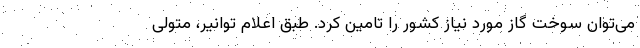
می‌توان سوخت گاز مورد نیاز کشور را تامین کرد. طبق اعلام توانیر، متولی